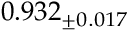
0 . 9 3 2 _ { \pm 0 . 0 1 7 }